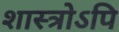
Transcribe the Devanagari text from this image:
शास्त्रोऽपि